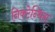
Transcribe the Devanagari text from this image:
निक्टेन्थिस